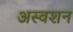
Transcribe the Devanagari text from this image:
अस्वशन